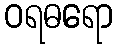
ဝရဓရော